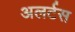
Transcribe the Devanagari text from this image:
अलर्टस